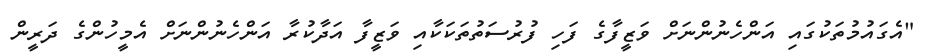
"އެގައުމުތަކުގައި އަންހެނުންނަށް ވަޒީފާގެ ފަހި ފުރުސަތުތަކަކާއި ވަޒީފާ އަދާކުރާ އަންހެނުންނަށް އެމީހުންގެ ދަރީން